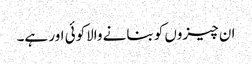
ان چیزوں کو بنانے والاکوئی اور ہے۔